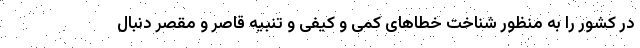
در کشور را به منظور شناخت خطاهای کمی و کیفی و تنبیه قاصر و مقصر دنبال